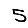
Digit: 5